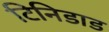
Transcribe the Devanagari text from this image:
टिनिडाड